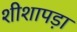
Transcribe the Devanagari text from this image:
शीशापड़ा